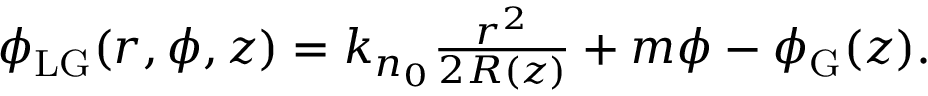
\begin{array} { r } { \phi _ { \mathrm { L G } } ( r , \phi , z ) = k _ { n _ { 0 } } \frac { r ^ { 2 } } { 2 R ( z ) } + m \phi - \phi _ { \mathrm { G } } ( z ) . } \end{array}